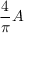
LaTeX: { \frac { 4 } { \pi } } A \,